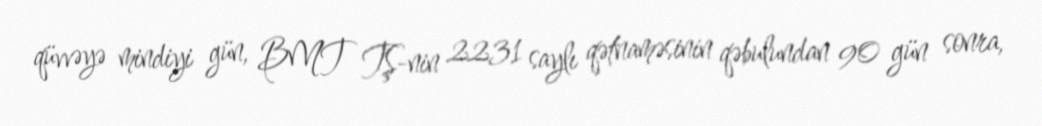
qüvvəyə mindiyi gün, BMT TŞ-nin 2231 saylı qətnaməsinin qəbulundan 90 gün sonra,